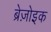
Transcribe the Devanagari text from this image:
ब्रेज़ोइक